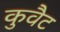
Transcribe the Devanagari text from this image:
कुवैट